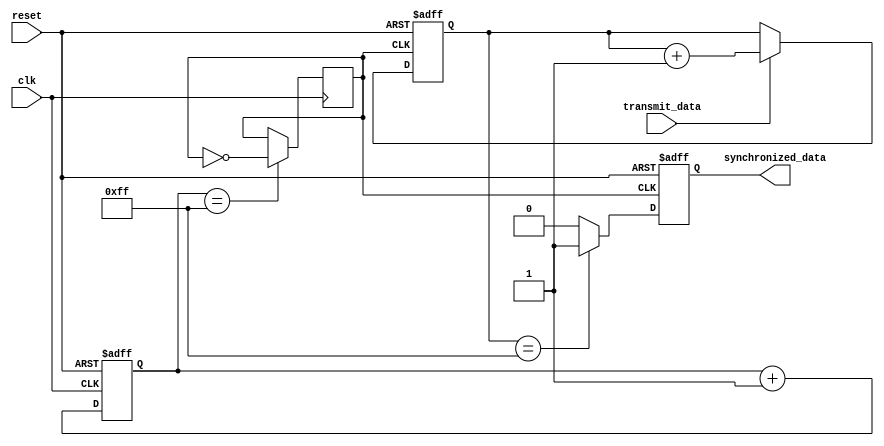
module timing_control_and_synchronization (
    input wire reset,
    input wire clk,
    input wire transmit_data,
    output wire synchronized_data
);

// Timing Generator
reg [7:0] counter;
always @(posedge clk or posedge reset) begin
    if (reset) begin
        counter <= 8'b0;
    end else begin
        counter <= counter + 1;
    end
end

// Clock Divider
reg clk_divider;
always @(posedge clk) begin
    if (counter == 8'b11111111) begin
        clk_divider <= ~clk_divider;
    end
end

// Synchronization Logic
reg [7:0] data_reg;
always @(posedge clk_divider or posedge reset) begin
    if (reset) begin
        data_reg <= 8'b0;
        synchronized_data <= 1'b0;
    end else begin
        if (transmit_data) begin
            data_reg <= data_reg + 1;
        end
        synchronized_data <= (data_reg == 8'b11111111) ? 1'b1 : 1'b0;
    end
end

endmodule